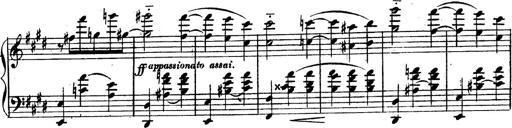
Title: 3 Caprices-Valses
Composer: Franz Liszt